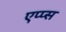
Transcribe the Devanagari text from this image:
एप्प्स